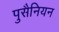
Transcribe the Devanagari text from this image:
पुसैनियन